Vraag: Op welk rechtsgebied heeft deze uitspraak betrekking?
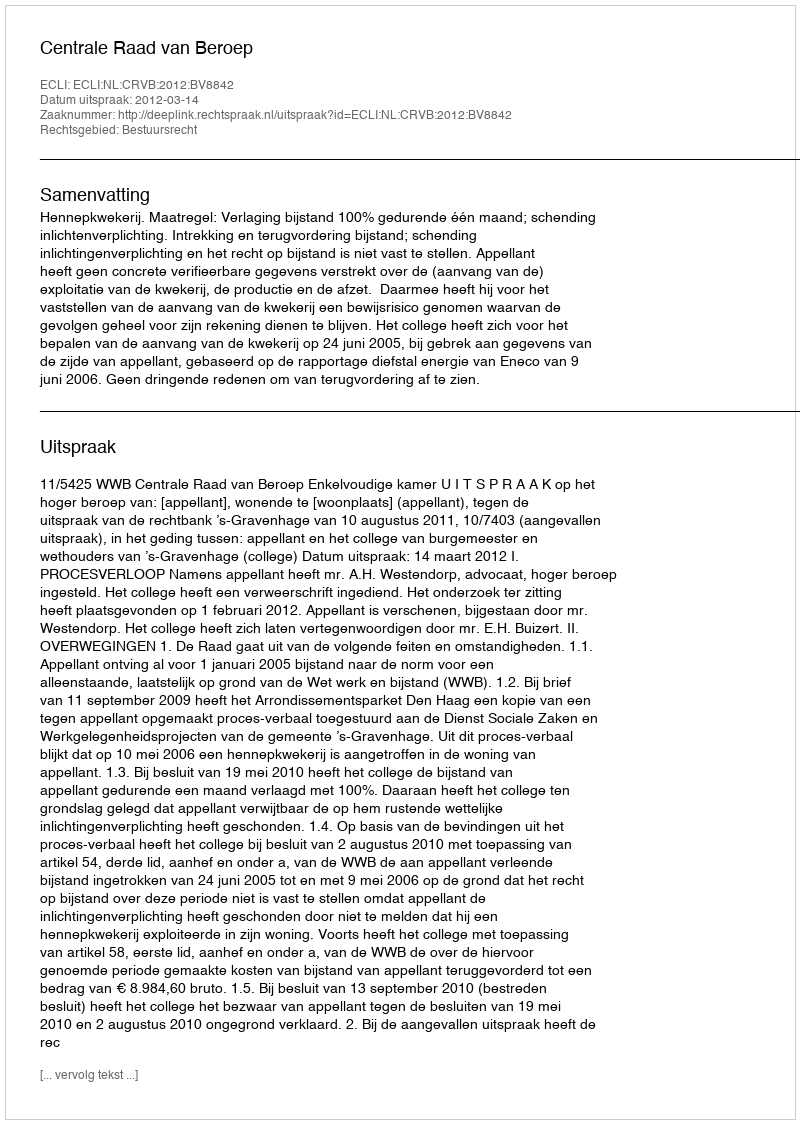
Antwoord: Bestuursrecht